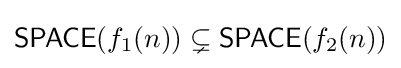
{\mathsf {SPACE}}(f_{1}(n))\subsetneq {\mathsf {SPACE}}(f_{2}(n))